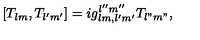
[ T _ { l m } , T _ { l ^ { \prime } m ^ { \prime } } ] = i g _ { l m , l ^ { \prime } m ^ { \prime } } ^ { l ^ { \prime \prime } m ^ { \prime \prime } } T _ { l " m " } ,